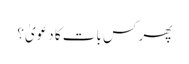
پھر کس بات کا دعویٰ؟